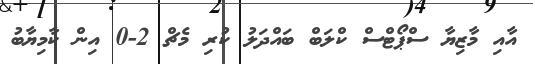
އާއި މާޒިޔާ ސްޕޯޓްސް ކްލަބް ބައްދަލު ކުރި މެޗް 2-0 އިން ކާމިޔާބު